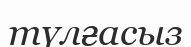
түлғасыз